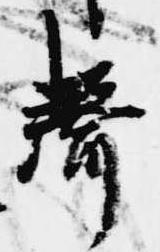
声